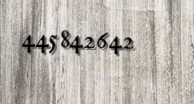
445842642